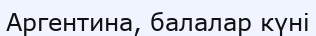
Аргентина, балалар күні